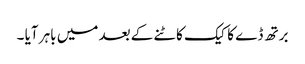
برتھ ڈے کا کیک کاٹنے کے بعد میں باہر آیا ۔